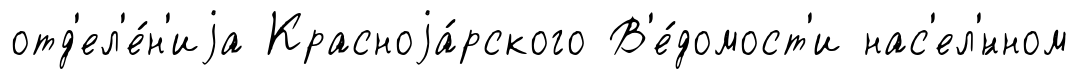
отд'ел'е́н'иjа Красноjа́рского В'е́домост'и нас'ел'́нном